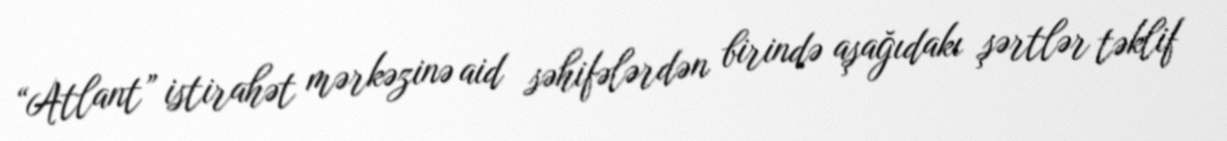
“Atlant” istirahət mərkəzinə aid səhifələrdən birində aşağıdakı şərtlər təklif